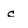
Character: c